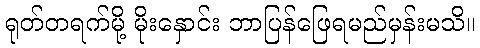
ရုတ်တရက်မို့ မိုးနှောင်း ဘာပြန်ဖြေရမည်မှန်းမသိ။